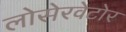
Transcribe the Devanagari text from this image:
लोसेरवेटोर